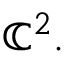
\mathbb { C } ^ { 2 } .